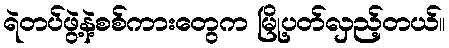
ရဲတပ်ဖွဲ့နဲ့စစ်ကားတွေက မြို့ပတ်လှည့်တယ်။